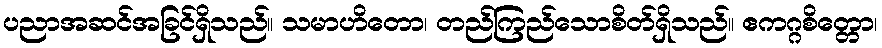
ပညာအဆင်အခြင်ရှိသည်။ သမာဟိတော၊ တည်ကြည်သောစိတ်ရှိသည်။ ဧကဂ္ဂစိတ္တော၊